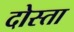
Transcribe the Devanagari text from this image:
दोस्ता